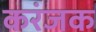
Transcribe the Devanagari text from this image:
करंजक